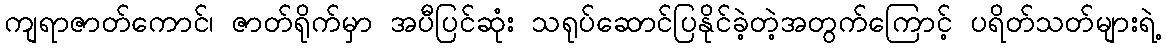
ကျရာဇာတ်ကောင်၊ ဇာတ်ရိုက်မှာ အပီပြင်ဆုံး သရုပ်ဆောင်ပြနိုင်ခဲ့တဲ့အတွက်ကြောင့် ပရိတ်သတ်များရဲ့